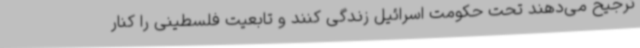
ترجیح می‌دهند تحت حکومت اسرائیل زندگی کنند و تابعیت فلسطینی را کنار